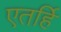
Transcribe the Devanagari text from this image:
एतर्हि